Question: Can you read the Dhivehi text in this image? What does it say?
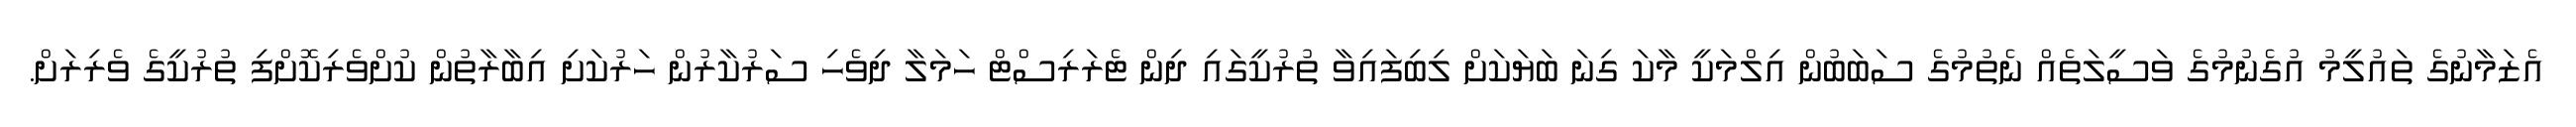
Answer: އެޒަމާނުގެ ތައުލީމު އުގެނުމުގެ ވަސީލަތެއް ނެތުމުގެ ސަބަބުން އިލްމަކީ މާކަ ގިނަ ބަޔަކަށް ލިބިފައިވާ ތުރުކީގައި ދިން ޓެރަރިސްޓް ހަމަލާ ދިވެހި ސަރުކާރުން ހަރުކަށި އިބާރާތުން ކުށްވެރިކޮށްފި ތުރުކީގެ ވެރިރަށް.